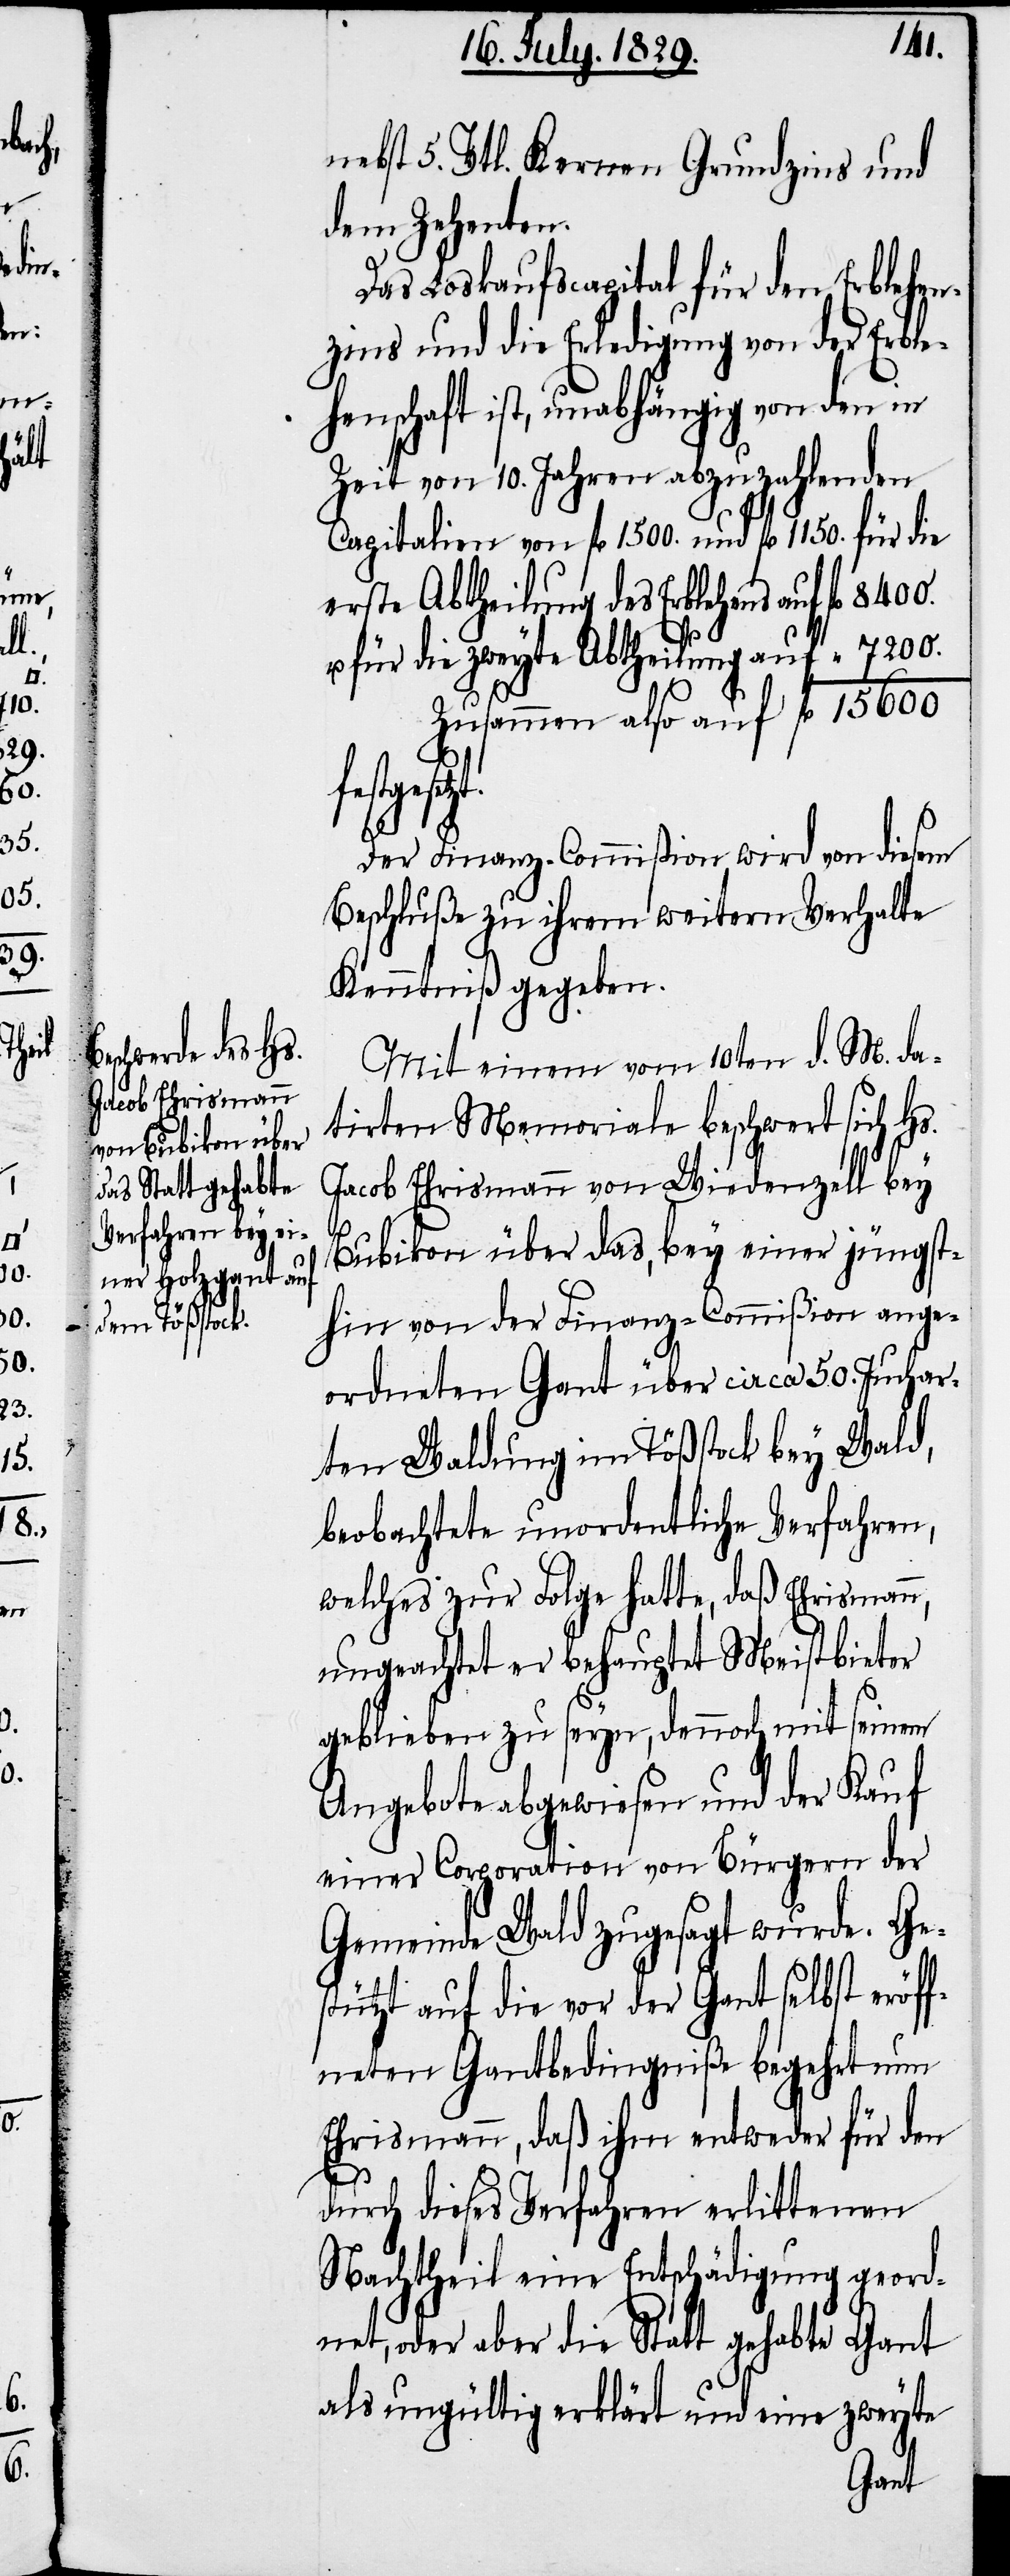
nebst 5. Vtl. Kernen Grundzins und
dem Zehenten.
Das Loskaufscapital für den Erblehen¬
zins und die Erledigung von der Erble¬
henschaft ist, unabhängig von den in
Zeit von 10. Jahren abzuzahlenden
Capitalien von fl. 1500. und fl. 1150 für die
erste Abtheilung des Erblehens auf fl.
der
für die zweyte Abtheilung auf 		 “
Zusammen also auf 	 fl. 15600.
Der Finanz-Commißion wird von diesem
Beschluße zu ihrem weitern Verhalte
Kenntniß gegeben.
Mit einem vom 10ten d. M. da¬
tirten Memoriale beschwert sich Hs.
Jacob Ehrismann von Wiedenzell bey
Bubikon über das, bey einer jüngst¬
hin von der Finanz-Commißion ange¬
ordnete Gant über circa 50. Juchar¬
ten Waldung im Tößstock bey Wald,
beobachtete unordentliche Verfahren,
welches zur Folge hatte, daß Ehrismann,
ungeachtet er behauptet Meistbieten¬
geblieben zu seyn, dennoch mit seinem
Angebote abgewiesen und der Kauf
einer Corporation von Bürgern der
Gemeinde Wald zugesagt wurde. Ge¬
stützt auf die vor der Gant selbst eröf¬
fneten Gantbedingniße begehrt nun
Ehrismann, daß ihm entweder für den
durch dieses Verfahren erlittenen
Nachtheil eine Entschädigung geord¬
net, oder aber die Statt gehabte Gant
als ungültig erklärt und eine zweyte